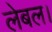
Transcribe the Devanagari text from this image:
लेबल।